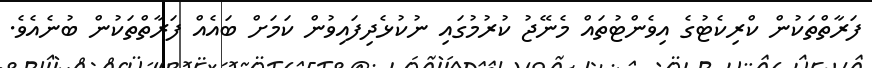
ފަރާތްތަކުން ކްރިކެޓުގެ އިވެންޓުތައް މެނޭޖު ކުރުމުގައި ނުކުޅެދިފައިވުން ކަމަށް ބައެއް ފަރާތްތަކުން ބުނެއެވެ.